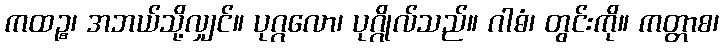
ကထဉ္စ၊ အဘယ်သို့လျှင်။ ပုဂ္ဂလော၊ ပုဂ္ဂိုလ်သည်။ ဂါဓံ၊ တွင်းကို။ ကတ္တာစ၊